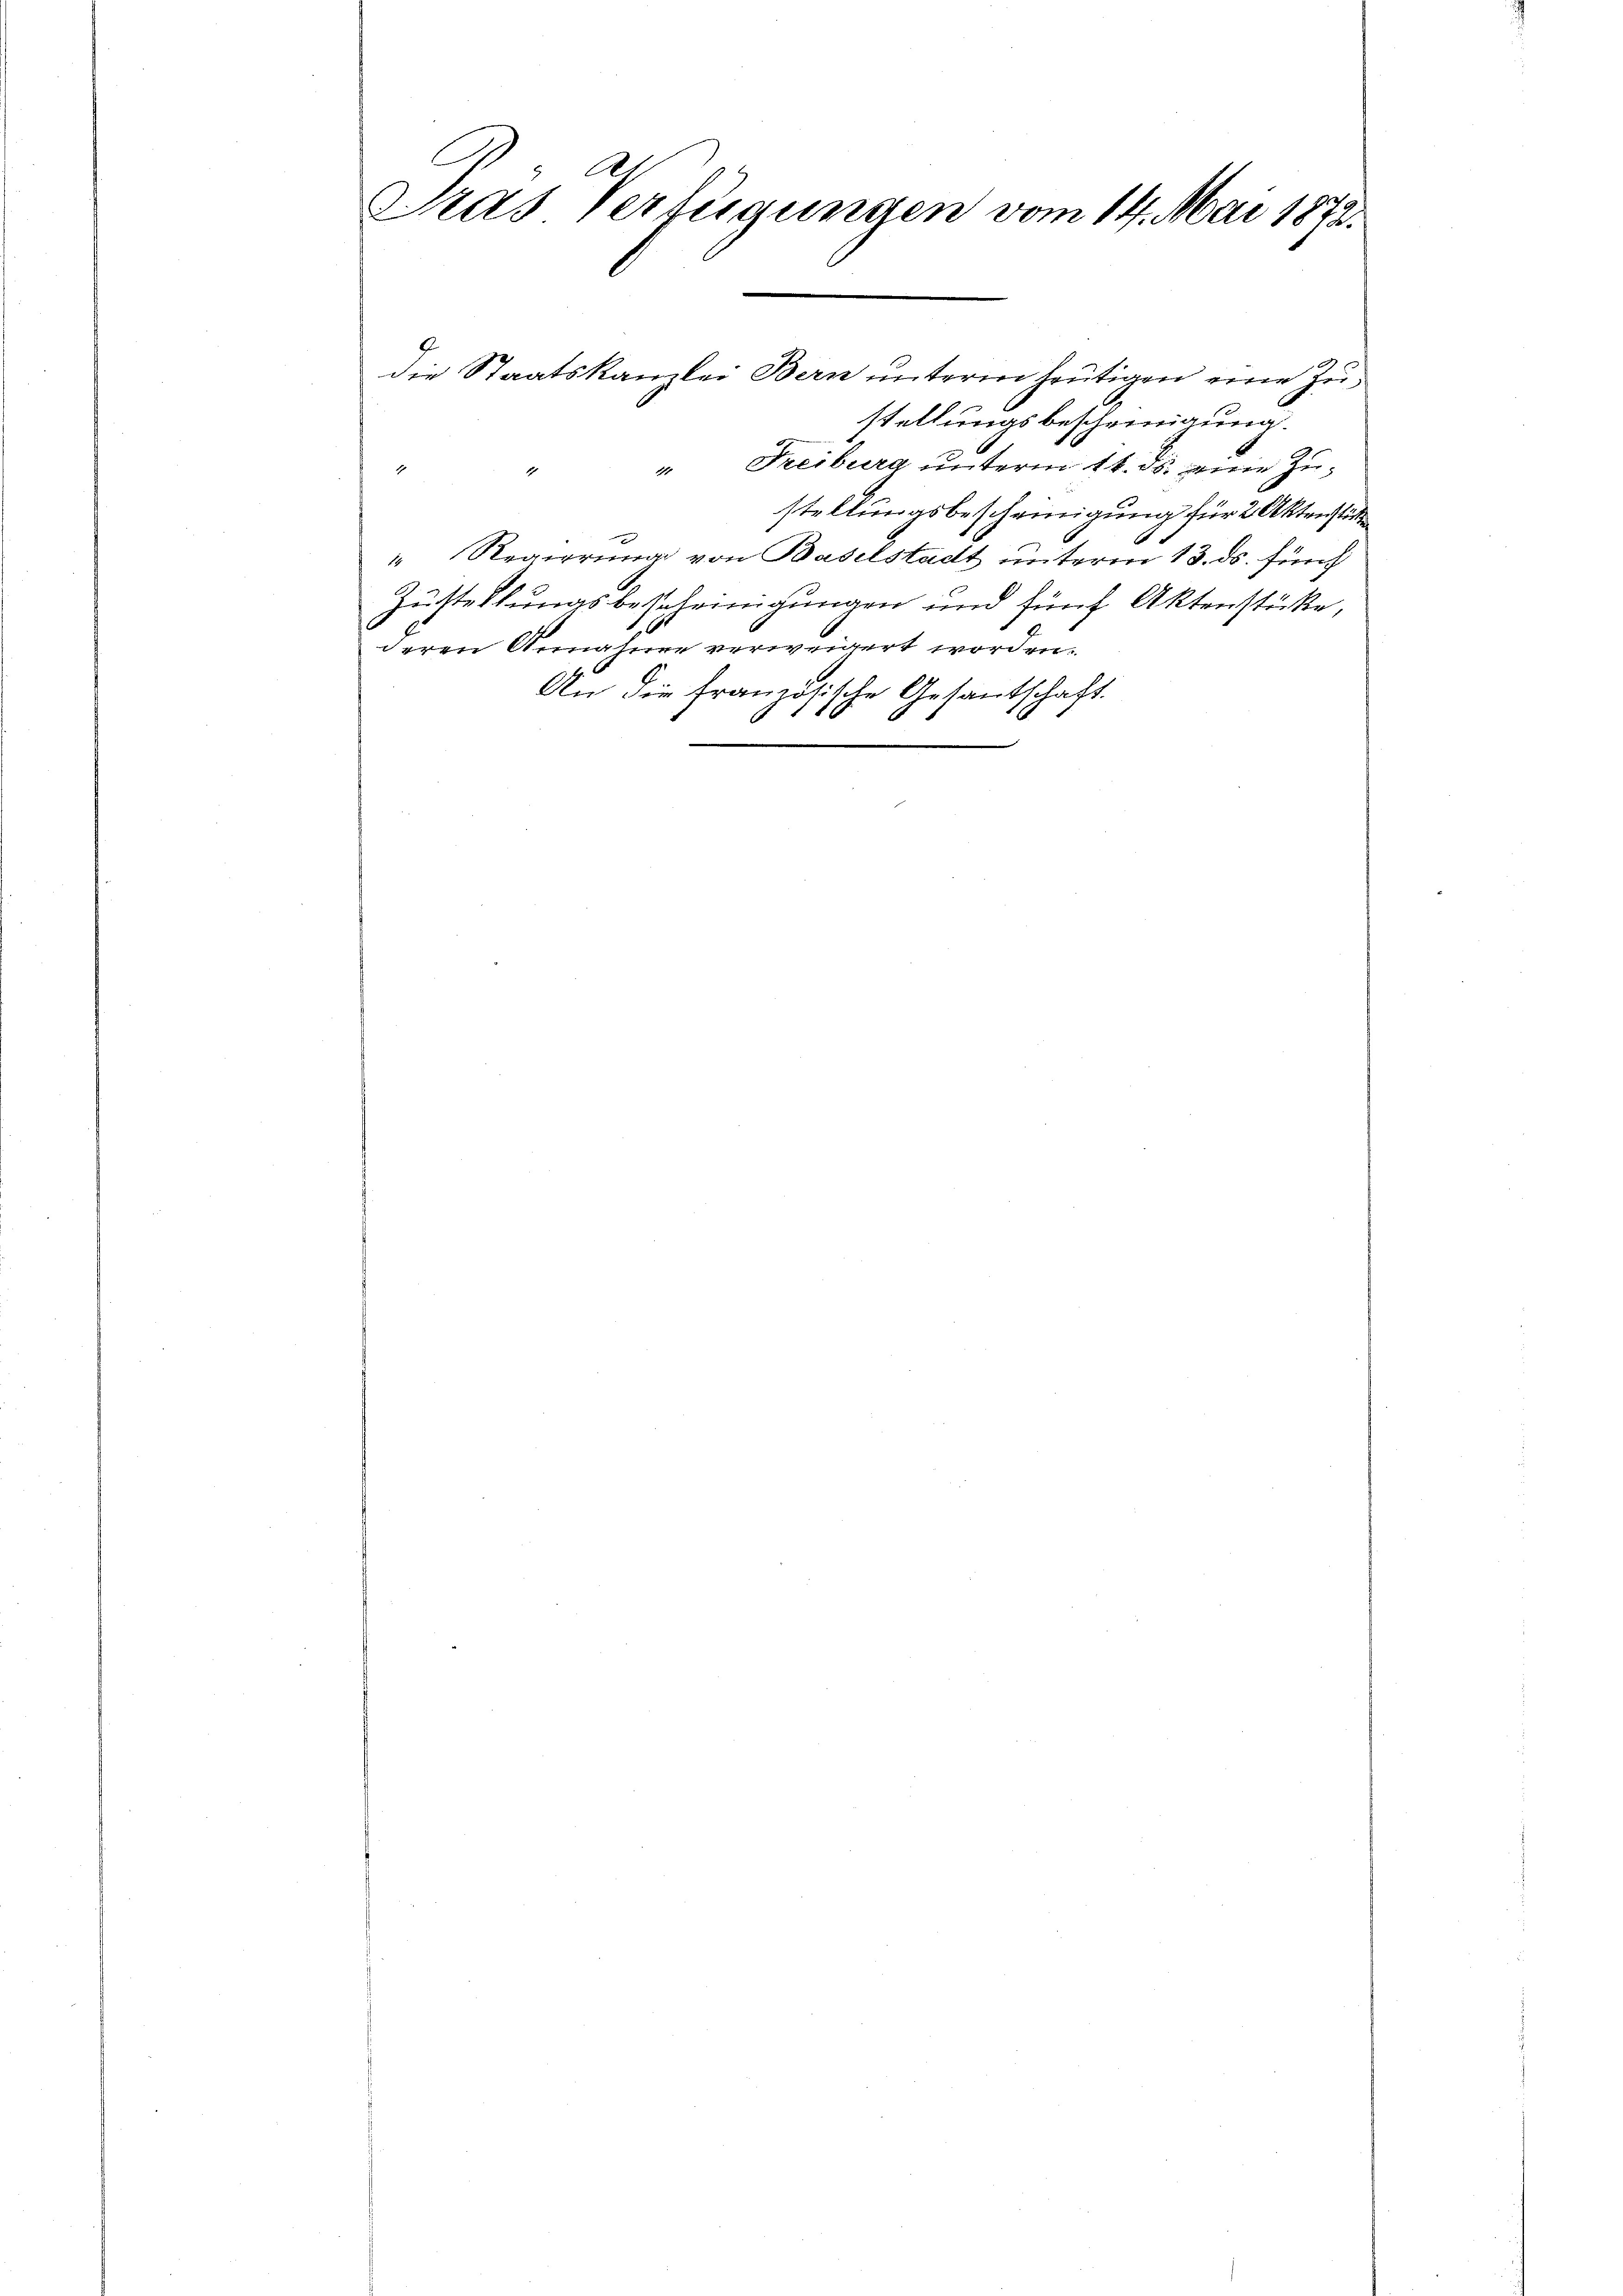
A
At
Pras Verfügungen vom 14. Mai 1872.

stellungsbescheinigung.
" " Freiburg ŭnterm 14. ds. eine Zŭ-
stellungsbescheinigung für 2 Aktenstät¬
" Regierung von Baselstadt unterm 13. ds. fünf
Zustellungsbescheinigungen und fünf Aktenstücke,
deren Annahme verweigert worden.
An die französische Gesantschaft.

die Staatskanzlei Bern unterm heutigen eine Zu¬